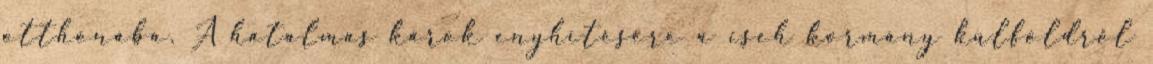
otthonába. A hatalmas károk enyhítésére a cseh kormány külföldről